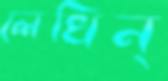
লেখিন্